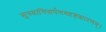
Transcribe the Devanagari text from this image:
सुच्याभिसर्पणमदृष्टकारणम्।